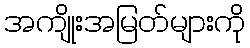
အကျိုးအမြတ်များကို